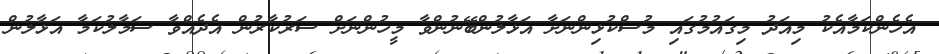
އެހެންކަމާއެކު މިއަދު މިގައުމުގައި މުސްކުޅިންނަށާ އަޅާލުންބޭނުންވާ މީހުންނަށް ސަރުކާރުން އެދެއްވާ ސަމާލުކަމާ އަޅާލުން